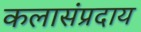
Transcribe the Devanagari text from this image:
कलासंप्रदाय